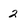
Character: 2